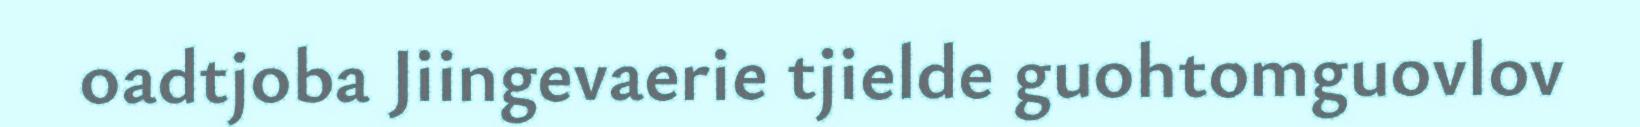
oadtjoba Jiingevaerie tjielde guohtomguovlov